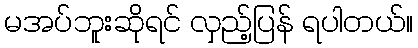
မအပ်ဘူးဆိုရင် လှည့်ပြန် ရပါတယ်။